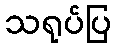
သရုပ်ပြ